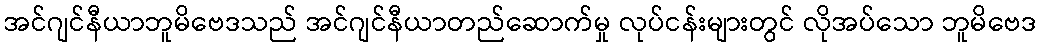
အင်ဂျင်နီယာဘူမိဗေဒသည် အင်ဂျင်နီယာတည်ဆောက်မှု လုပ်ငန်းများတွင် လိုအပ်သော ဘူမိဗေဒ